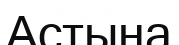
Астына